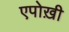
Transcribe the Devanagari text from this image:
एपोख़ी